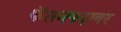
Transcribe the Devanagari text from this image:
कॅप्तनपदावर